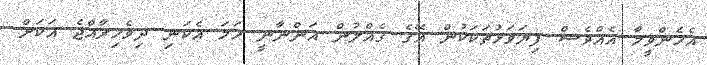
އެހެންވީމާ އެއްވެސް ފިޔަވަޅުތަކަކުން އޭގެ ގެއްލުން އަންނާނީ ހަމަ އެކަނި ދިވެހިރާއްޖެ އަކަށް